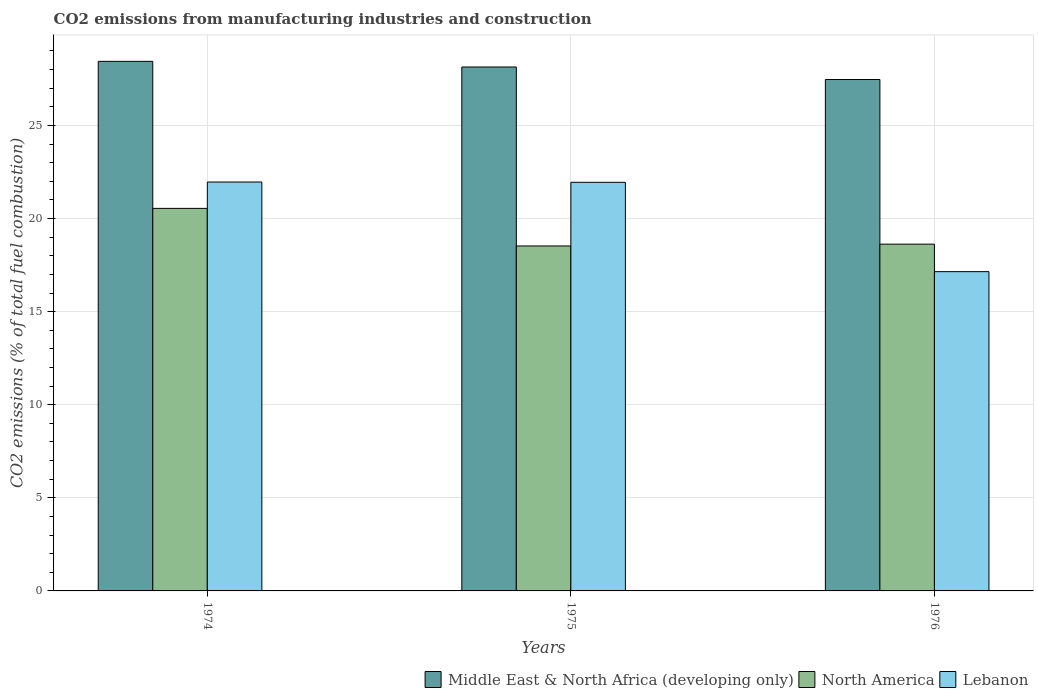
| Years | Middle East & North Africa (developing only) | North America | Lebanon |
 | --- | --- | --- | --- |
 | 1974 | 28.4 | 20.5 | 22 |
 | 1975 | 28.1 | 18.5 | 21.9 |
 | 1976 | 27.5 | 18.6 | 17.1 |